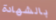
بالشهادة